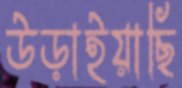
উড়াইয়াছি